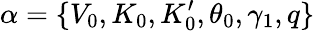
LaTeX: \alpha=\{ V_{0},K_{0},K_{0}^{\prime},\theta_{0},\gamma_{1},q\}